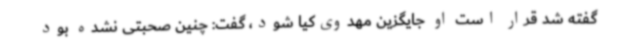
گفته شد قرار است او جایگزین مهدوی‌کیا شود، گفت: چنین صحبتی نشده بود